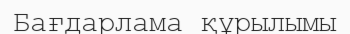
Бағдарлама құрылымы